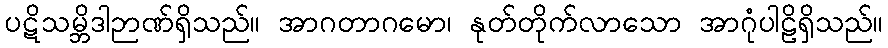
ပဋိသမ္ဘိဒါဉာဏ်ရှိသည်။ အာဂတာဂမော၊ နုတ်တိုက်လာသော အာဂုံပါဠိရှိသည်။